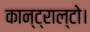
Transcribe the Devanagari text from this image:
कान्ट्राल्टो।